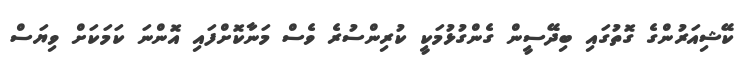
ކޭޝިއަރުންގެ ގޮތުގައި ބިދޭސީން ގެންގުޅުމަކީ ކުރިންސުރެ ވެސް މަނާކޮށްފައި އޮންނަ ކަމަކަށް ވިޔަސް